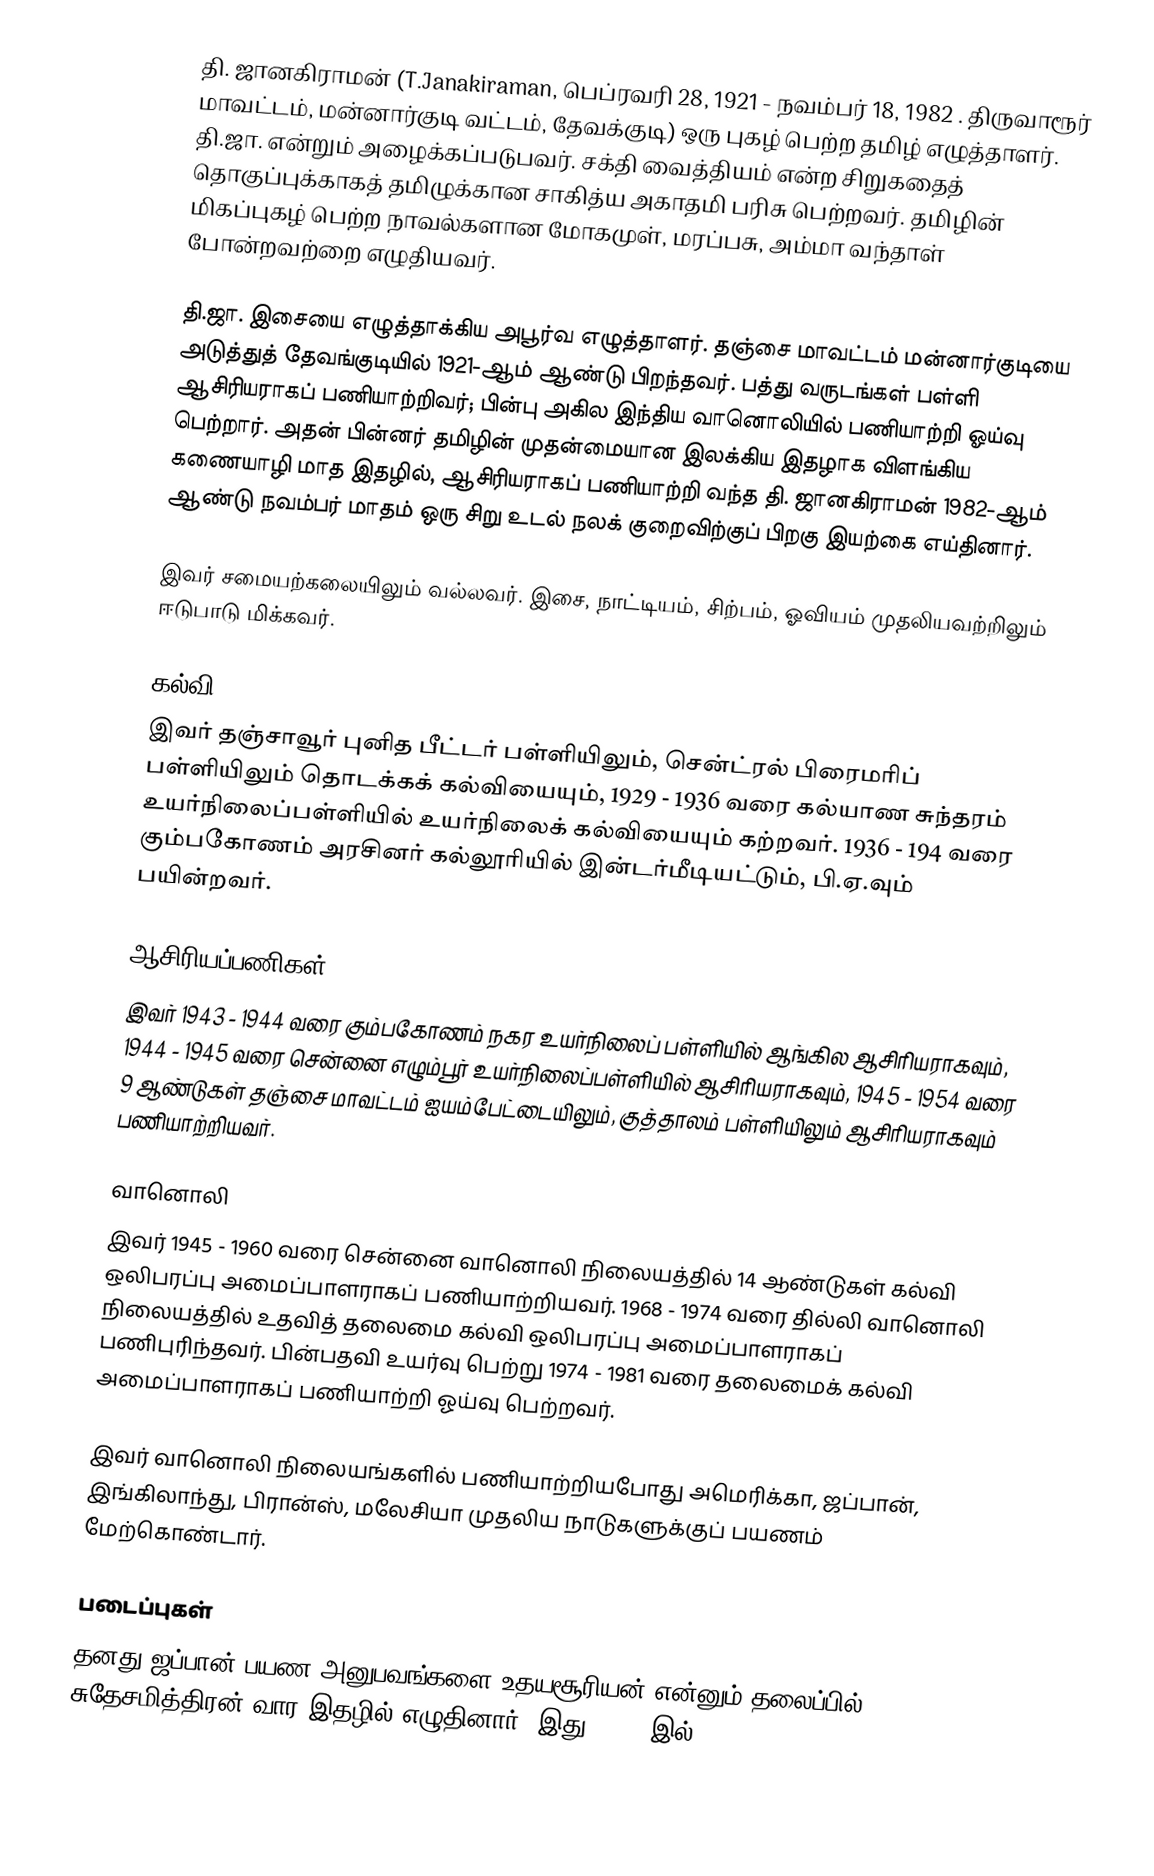
தி. ஜானகிராமன் (T.Janakiraman, பெப்ரவரி 28, 1921 - நவம்பர் 18, 1982 . திருவாரூர் மாவட்டம், மன்னார்குடி வட்டம், தேவக்குடி) ஒரு புகழ் பெற்ற தமிழ் எழுத்தாளர். தி.ஜா. என்றும் அழைக்கப்படுபவர். சக்தி வைத்தியம் என்ற சிறுகதைத் தொகுப்புக்காகத் தமிழுக்கான சாகித்ய அகாதமி பரிசு பெற்றவர். தமிழின் மிகப்புகழ் பெற்ற நாவல்களான மோகமுள், மரப்பசு, அம்மா வந்தாள் போன்றவற்றை எழுதியவர்.

தி.ஜா. இசையை எழுத்தாக்கிய அபூர்வ எழுத்தாளர். தஞ்சை மாவட்டம் மன்னார்குடியை அடுத்துத் தேவங்குடியில் 1921-ஆம் ஆண்டு பிறந்தவர். பத்து வருடங்கள் பள்ளி ஆசிரியராகப் பணியாற்றிவர்; பின்பு அகில இந்திய வானொலியில் பணியாற்றி ஓய்வு பெற்றார். அதன் பின்னர் தமிழின் முதன்மையான இலக்கிய இதழாக விளங்கிய கணையாழி மாத இதழில், ஆசிரியராகப் பணியாற்றி வந்த தி. ஜானகிராமன் 1982-ஆம் ஆண்டு நவம்பர் மாதம் ஒரு சிறு உடல் நலக் குறைவிற்குப் பிறகு இயற்கை எய்தினார்.

இவர் சமையற்கலையிலும் வல்லவர். இசை, நாட்டியம், சிற்பம், ஓவியம் முதலியவற்றிலும் ஈடுபாடு மிக்கவர்.

கல்வி
இவர் தஞ்சாவூர் புனித பீட்டர் பள்ளியிலும், சென்ட்ரல் பிரைமரிப் பள்ளியிலும் தொடக்கக் கல்வியையும், 1929 - 1936 வரை கல்யாண சுந்தரம் உயர்நிலைப்பள்ளியில் உயர்நிலைக் கல்வியையும் கற்றவர். 1936 - 194 வரை கும்பகோணம் அரசினர் கல்லூரியில் இன்டர்மீடியட்டும், பி.ஏ.வும் பயின்றவர்.

ஆசிரியப்பணிகள்
இவர் 1943 - 1944 வரை கும்பகோணம் நகர உயர்நிலைப் பள்ளியில் ஆங்கில ஆசிரியராகவும், 1944 - 1945 வரை சென்னை எழும்பூர் உயர்நிலைப்பள்ளியில் ஆசிரியராகவும், 1945 - 1954 வரை 9 ஆண்டுகள் தஞ்சை மாவட்டம் ஐயம்பேட்டையிலும், குத்தாலம் பள்ளியிலும் ஆசிரியராகவும் பணியாற்றியவர்.

வானொலி
இவர் 1945 - 1960 வரை சென்னை வானொலி நிலையத்தில் 14 ஆண்டுகள் கல்வி ஒலிபரப்பு அமைப்பாளராகப் பணியாற்றியவர். 1968 - 1974 வரை தில்லி வானொலி நிலையத்தில் உதவித் தலைமை கல்வி ஒலிபரப்பு அமைப்பாளராகப் பணிபுரிந்தவர். பின்பதவி உயர்வு பெற்று 1974 - 1981 வரை தலைமைக் கல்வி அமைப்பாளராகப் பணியாற்றி ஓய்வு பெற்றவர்.

இவர் வானொலி நிலையங்களில் பணியாற்றியபோது அமெரிக்கா, ஜப்பான், இங்கிலாந்து, பிரான்ஸ், மலேசியா முதலிய நாடுகளுக்குப் பயணம் மேற்கொண்டார்.

படைப்புகள்
தனது ஜப்பான் பயண அனுபவங்களை உதயசூரியன் என்னும் தலைப்பில் சுதேசமித்திரன் வார இதழில் எழுதினார். இது 1967-,இல்